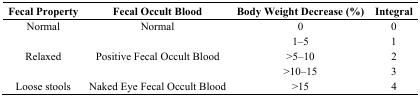
<table><thead><tr><td><b>Fecal Property</b></td><td><b>Fecal Occult Blood</b></td><td><b>Body Weight Decrease (%)</b></td><td><b>Integral</b></td></tr></thead><tbody><tr><td>Normal</td><td>Normal</td><td>0</td><td>0</td></tr><tr><td></td><td></td><td>1–5</td><td>1</td></tr><tr><td>Relaxed</td><td>Positive Fecal Occult Blood</td><td>&gt;5–10</td><td>2</td></tr><tr><td></td><td></td><td>&gt;10–15</td><td>3</td></tr><tr><td>Loose stools</td><td>Naked Eye Fecal Occult Blood</td><td>&gt;15</td><td>4</td></tr></tbody></table>